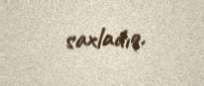
saxladıq.